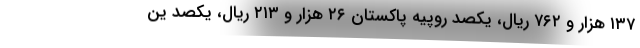
۱۳۷ هزار و ۷۶۲ ریال، یکصد روپیه پاکستان ۲۶ هزار و ۲۱۳ ریال، یکصد ین